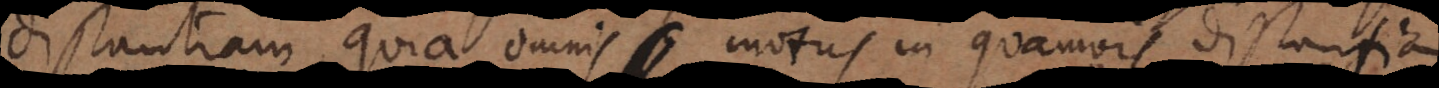
distantiam, quia omnis motus in quamvis distantiam